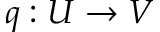
q : U \rightarrow V